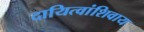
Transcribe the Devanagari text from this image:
दायित्वांशिवाय